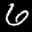
Label: 6